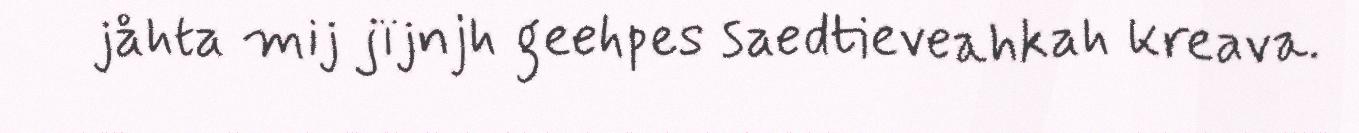
jåhta mij jïjnjh geehpes saedtieveahkah kreava.